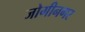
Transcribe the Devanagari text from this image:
जोगीनगर